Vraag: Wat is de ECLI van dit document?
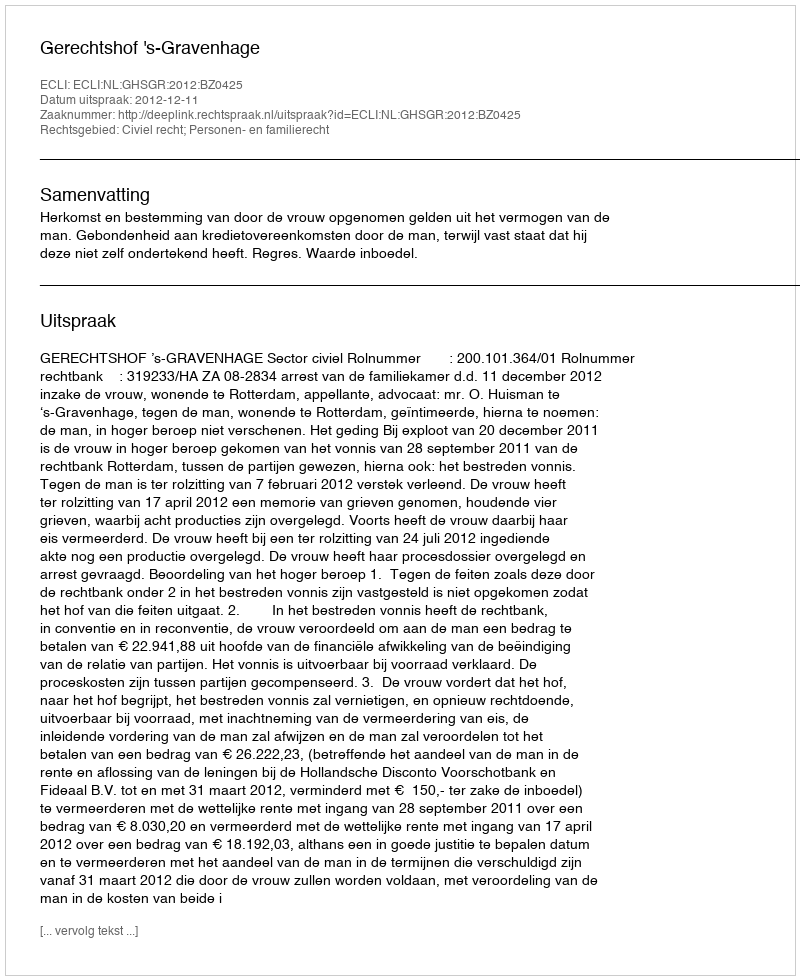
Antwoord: ECLI:NL:GHSGR:2012:BZ0425